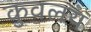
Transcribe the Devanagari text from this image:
कुवलय